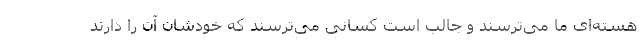
هسته‌ای ما می‌ترسند و جالب است کسانی می‌ترسند که خودشان آن را دارند